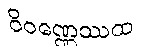
ဝိဝဏ္ဏေဿထ